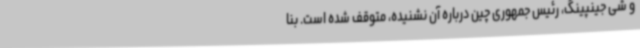
و شی جینپینگ، رئیس جمهوری چین درباره آن نشنیده، متوقف شده است. بنا